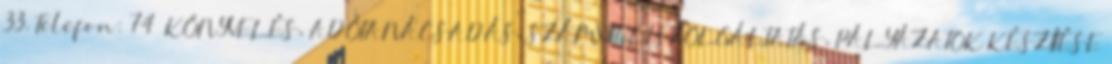
33. Telefon: 74 KÖNYVELÉS, ADÓTANÁCSADÁS, SZÁMVITELI SZOLGÁLTATÁS, PÁLYÁZATOK KÉSZÍTÉSE